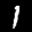
Label: 1